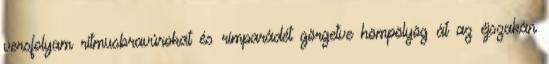
versfolyam ritmusbravúrokat és rímparádét görgetve hömpölyög át az éjszakán